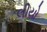
લીયો